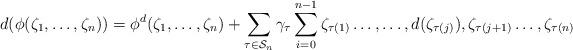
LaTeX: \begin{align*}d(\phi(\zeta_1,\ldots,\zeta_n) )= \phi^d (\zeta_1,\ldots,\zeta_n) +\sum\limits_{\tau\in \mathcal{S}_n}\gamma_{\tau}\sum\limits_{i=0}^{n-1}\zeta_{\tau(1)}\ldots ,\ldots,d(\zeta_{\tau(j)}),\zeta_{\tau(j+1)}\ldots,\zeta_{\tau(n)}\end{align*}